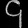
Digit: ၄